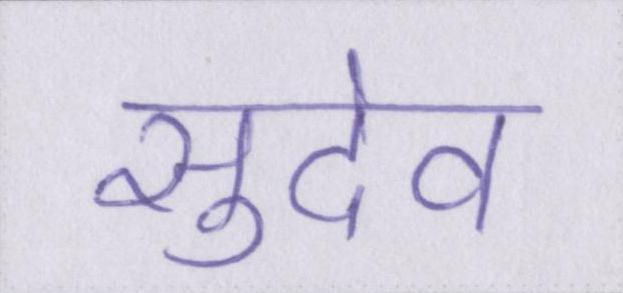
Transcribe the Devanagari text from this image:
सुदेव